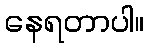
နေရတာပါ။